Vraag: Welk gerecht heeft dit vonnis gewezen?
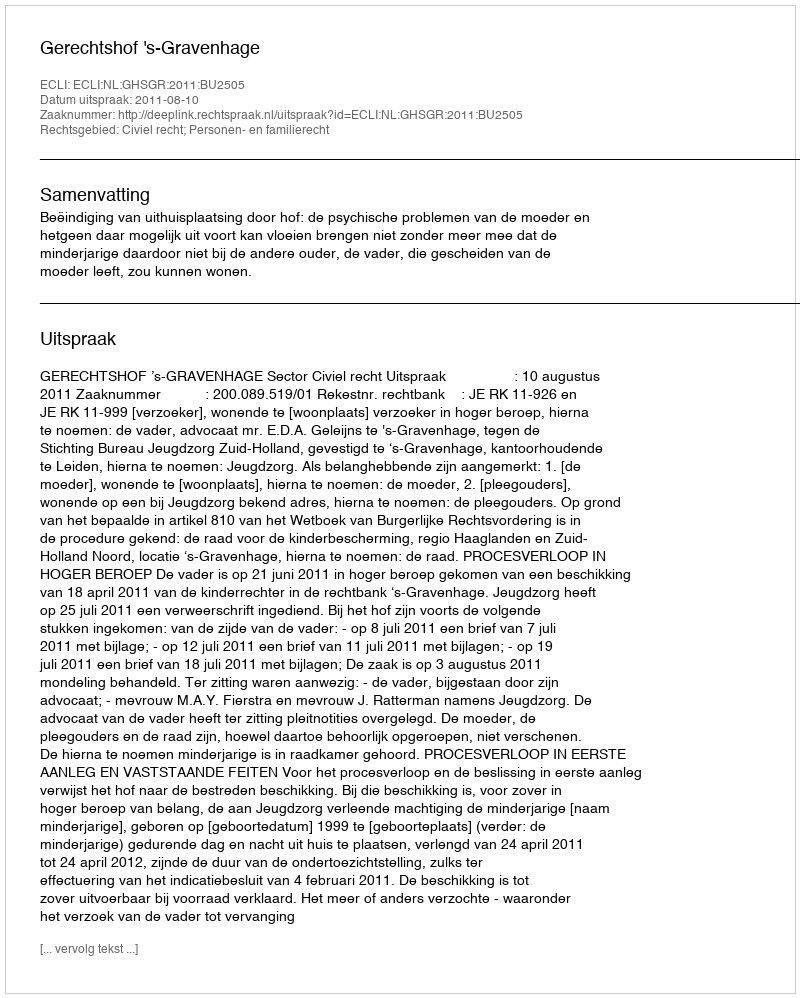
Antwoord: Gerechtshof 's-Gravenhage